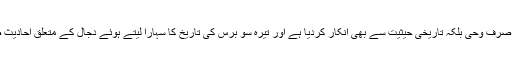
مودودی صاحب نے نہ صرف وحی بلکہ تاریخی حیثیت سے بھی انکار کردیا ہے اور تیرہ سو برس کی تاریخ کا سہارا لیتے ہوئے دجال کے متعلق احادیثِ صحیحہ کو غلط کہہ دیا۔